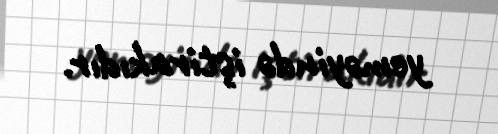
yeməyində iştirakıdır.